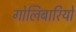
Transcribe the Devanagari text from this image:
गोलिबारियों